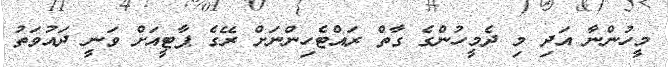
މީހުންނާ އަދި މި ދެމީހުންގެ ގާތް ރައްޓެހިންނަށް ރޭގެ ޕާޓީއަށް ވަނީ ދައުވަތު